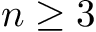
n \geq 3